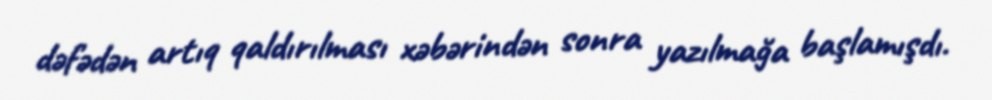
dəfədən artıq qaldırılması xəbərindən sonra yazılmağa başlamışdı.